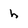
Character: h